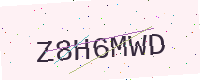
Text: Z8H6MWD